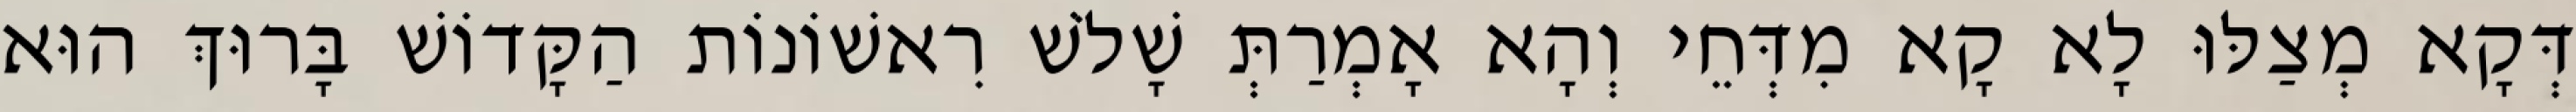
דְּקָא מְצַלּוּ לָא קָא מִדְּחֵי וְהָא אָמְרַתְּ שָׁלֹשׁ רִאשׁוֹנוֹת הַקָּדוֹשׁ בָּרוּךְ הוּא